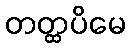
တတ္ထပိမေ